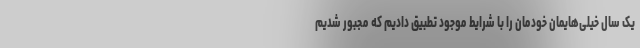
یک سال خیلی‌هایمان خودمان را با شرایط موجود تطبیق دادیم که مجبور شدیم